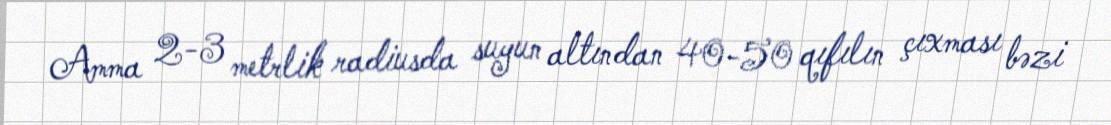
Amma 2-3 metrlik radiusda suyun altından 40-50 qıfılın çıxması bəzi